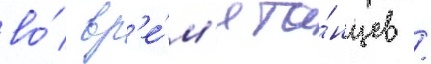
во́ вр'е́м'я та́нцев /